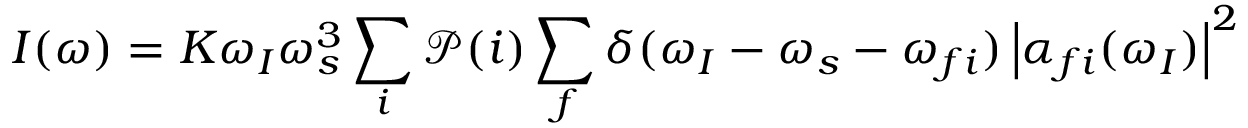
I ( \omega ) = K \omega _ { I } \omega _ { s } ^ { 3 } \sum _ { i } \mathcal { P } ( i ) \sum _ { f } \delta ( \omega _ { I } - \omega _ { s } - \omega _ { f i } ) \left| \alpha _ { f i } ( \omega _ { I } ) \right| ^ { 2 }